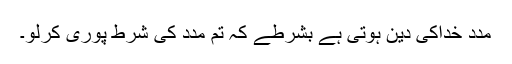
مدد خداکی دین ہوتی ہے بشرطے کہ تم مدد کی شرط پوری کرلو۔